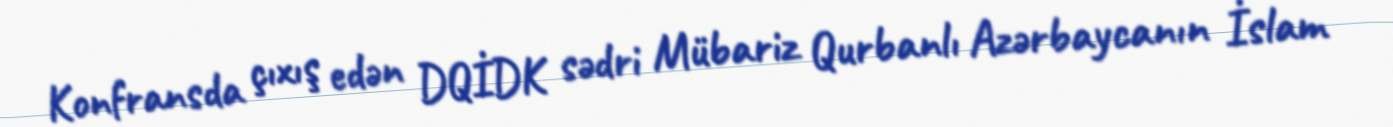
Konfransda çıxış edən DQİDK sədri Mübariz Qurbanlı Azərbaycanın İslam